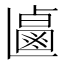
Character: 𰁐